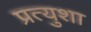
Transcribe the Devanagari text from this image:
प्रत्युशा